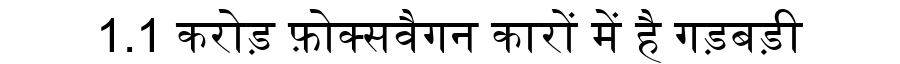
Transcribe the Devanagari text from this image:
1.1 करोड़ फ़ोक्सवैगन कारों में है गड़बड़ी